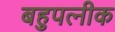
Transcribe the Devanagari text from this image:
बहुपत्‍नीक